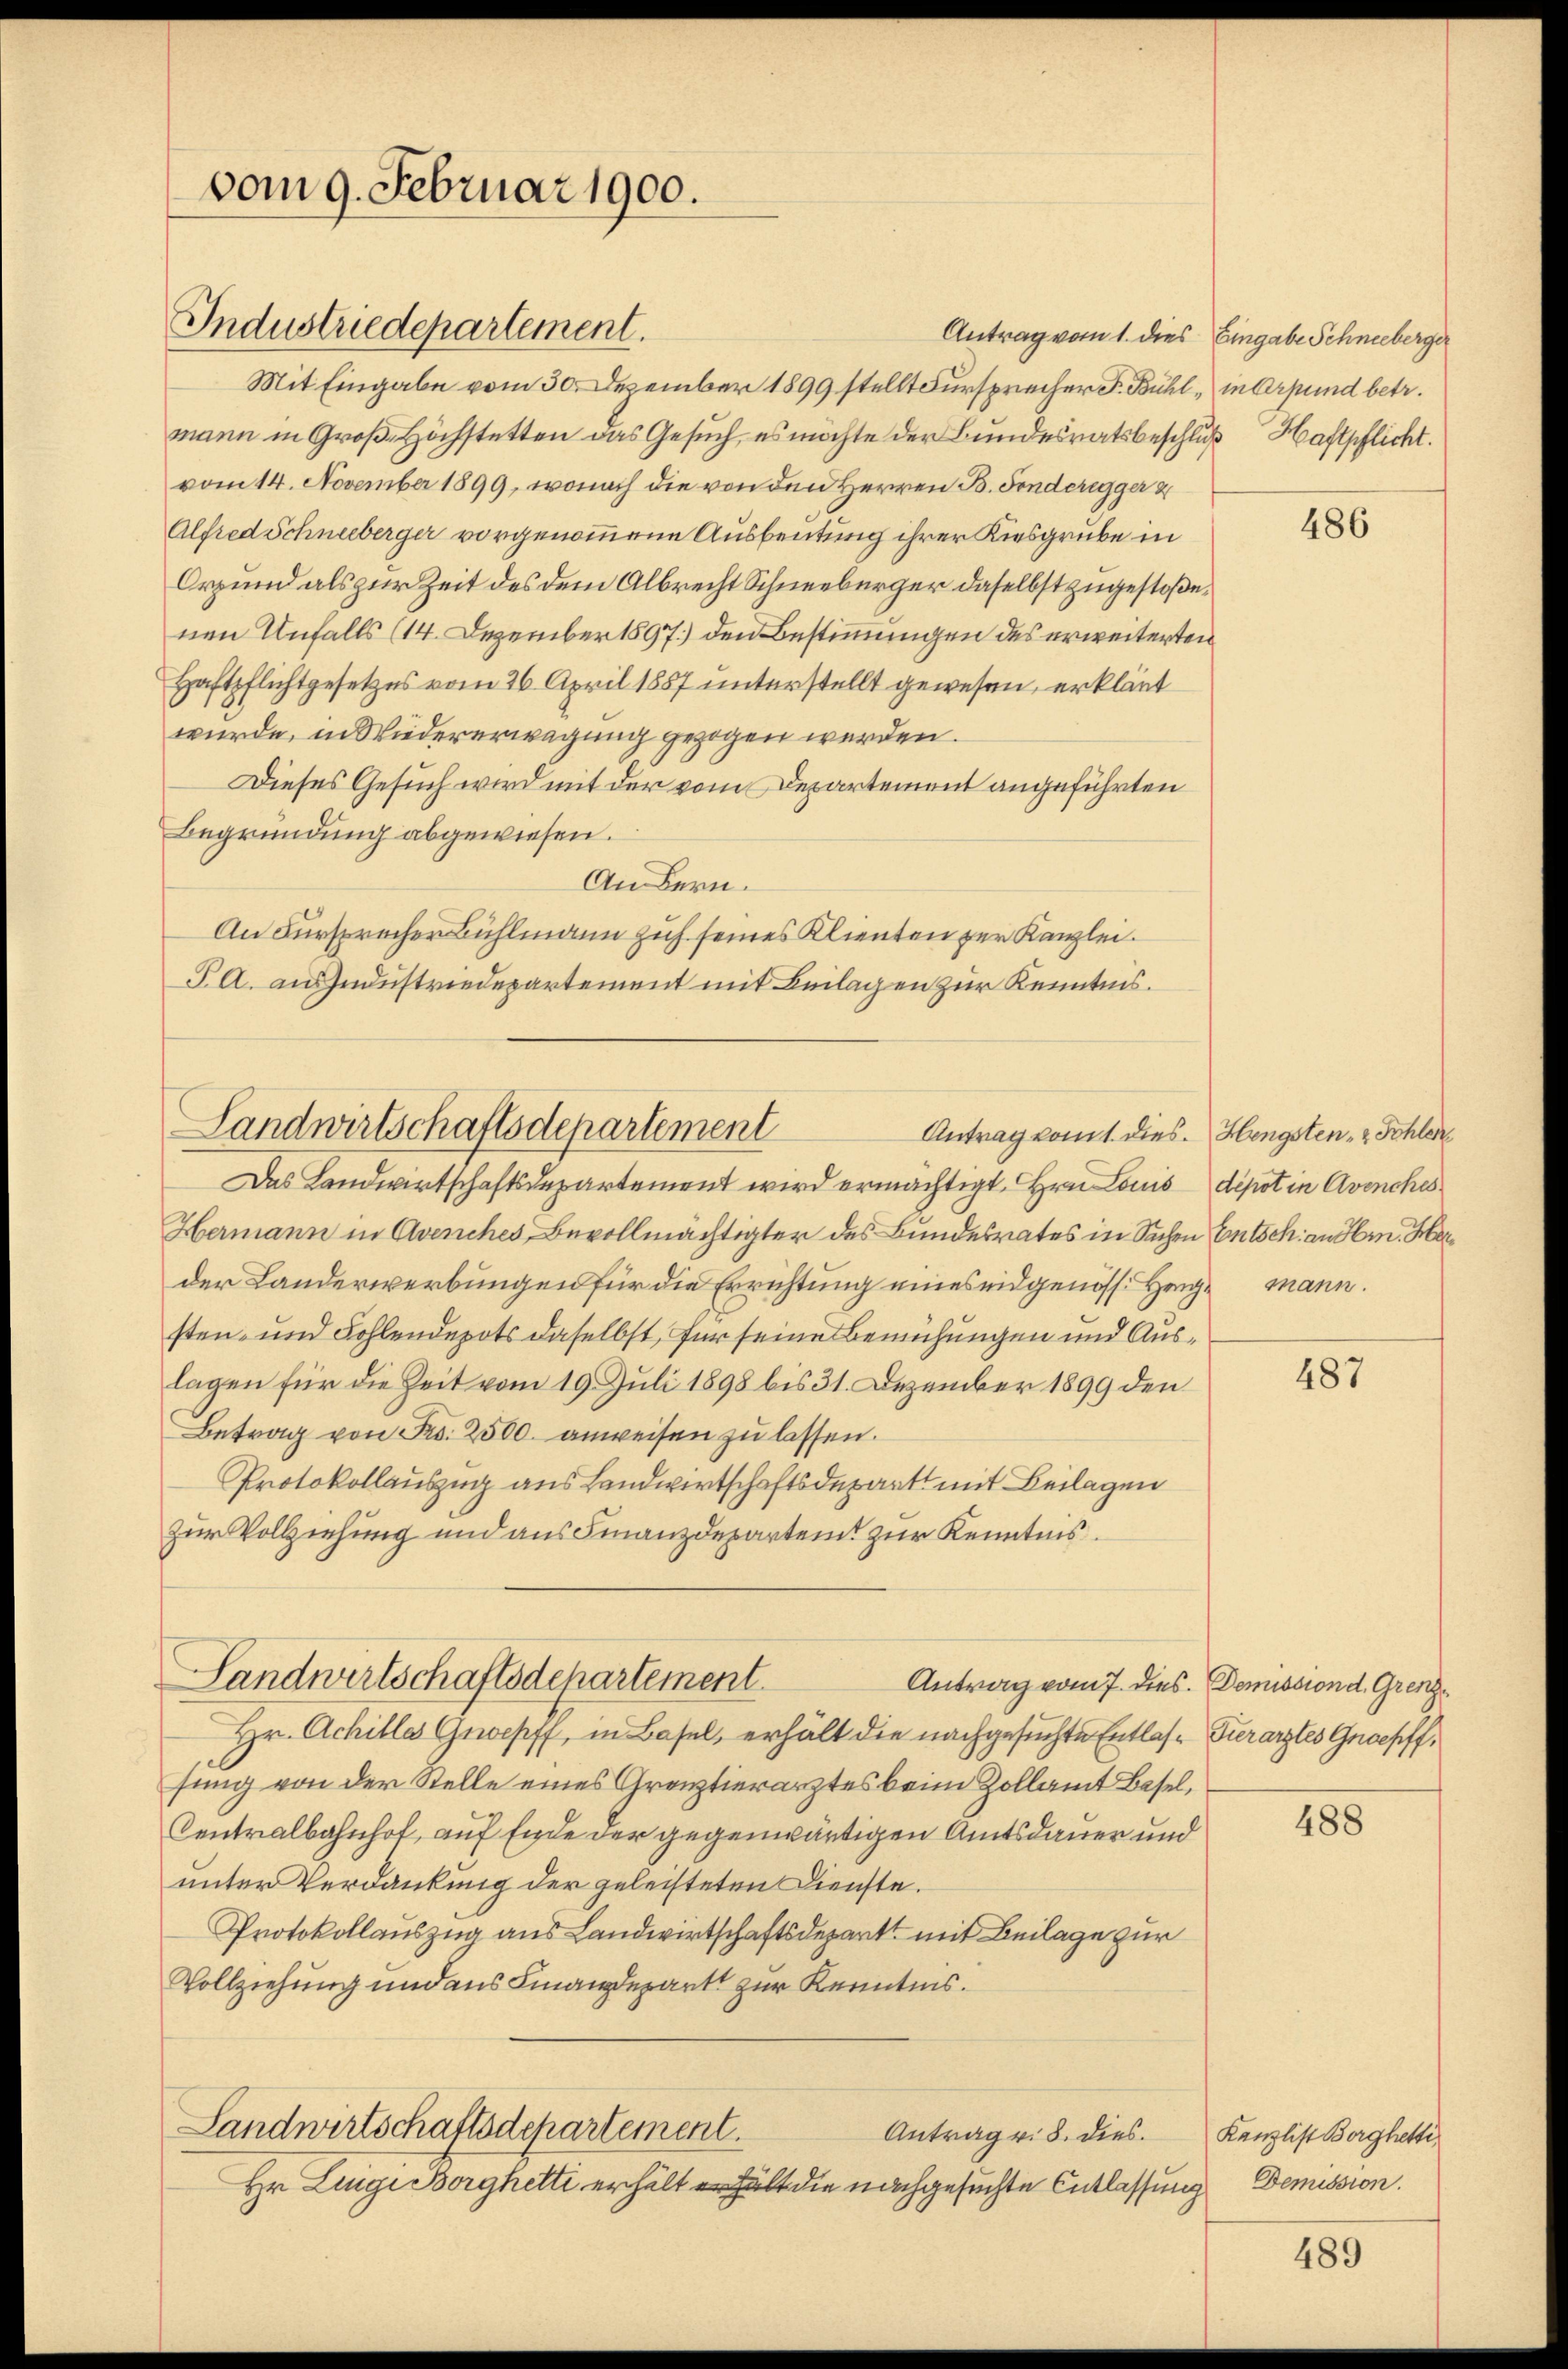
vom 9. Februar 1900.

Industriedepartement.

Landwirtschaftsdepartement

Antrag vom 1. dies Eingabe Schneeberger
Mit Eingabe vom 30. Dezember 1899 stellt Fürsprecher F. Bühl, in Arpund betr.
mann in Groß- Höchstetten das Gesuch, es möchte der Bundesratsbeschluß Haftpflicht.
vom 14. November 1899, wonach die von den Herren B. Sonderegger z
Alfred Schneeberger vorgenommene Ausbeutung ihrer Kiesgrube in
Orgund als zur Zeit des dem Albrecht Schneebürger daselbst zugestoßenen Unfalls (14. Dezember 1897) den Bestimmungen des erweiterten
Haftpflichtgesetzes vom 26. April 1857 unterstellt gewesen, erklärt
wurde, in Wiedererwägung gezogen werden.
Dieses Gesuch wird mit der vom Departement angeführten
Begründung abgewiesen.
An Bern.
An Fürsprecher Bühlmann zuh seines Klienten zur Kanzlei.
PA. aus Industriedepartement mit Beilagen zur Kenntnis.
Das Landwirtschaftsdepartement wird ermächtigt. Hrn. Louis depot in Avenches
Hermann in Avenches Bevollmächtigter des Bundesrates in Sachen Entsch an Hrn. Herder Landerwerbungen für die Errichtung eines eidgenöss. Hermann.
sten- und Fohlendepots daselbst, für seine Bemühungen und Auslagen für die Zeit vom 19. Juli 1898 bis 31. Dezember 1899 den
Betrag von Fr. 2500. anweisen zu lassen.
Protokollauszug aus Landwirtschaftsdepart mit Beilagen
zur Vollziehung und aus Finanzdeparteit zur Kenntnis.
Sandwirtschaftsdepartement
Antrag vom 7. dies. Demission d. Grenz¬
Hr. Achille Grepff, in Basel, erhält die nachgesuchte Entlas- Zuerarztes Gnoepff,
sung von der Stelle eines Grenztierarztes beim Zollamt Basel,
Centralbahnhof, auf Ende der gegenwärtigen Amtsdauer und
unter Verdankung der geleisteten Dienste.
Protokollauszug aus Landwirtschaftsdepart mit Beilage zur
Vollziehung und aus Finanzdepart zur Kenntnis.
Landwirtschaftsdepartement.
Antrag v. 8. dies.
Hr Lingi Borghetti erhält erhält die nachgesuchte Entlassung

Antrag vom 1. dies. Hengsten- & Schler

486

487

488

Kanzlist Berghetti
Demission.

489